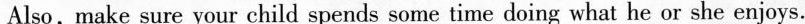
Also, make sure your child spends some time doing what he or she enjoys.